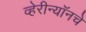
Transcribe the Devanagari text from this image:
व्हेरीन्यॉनचे